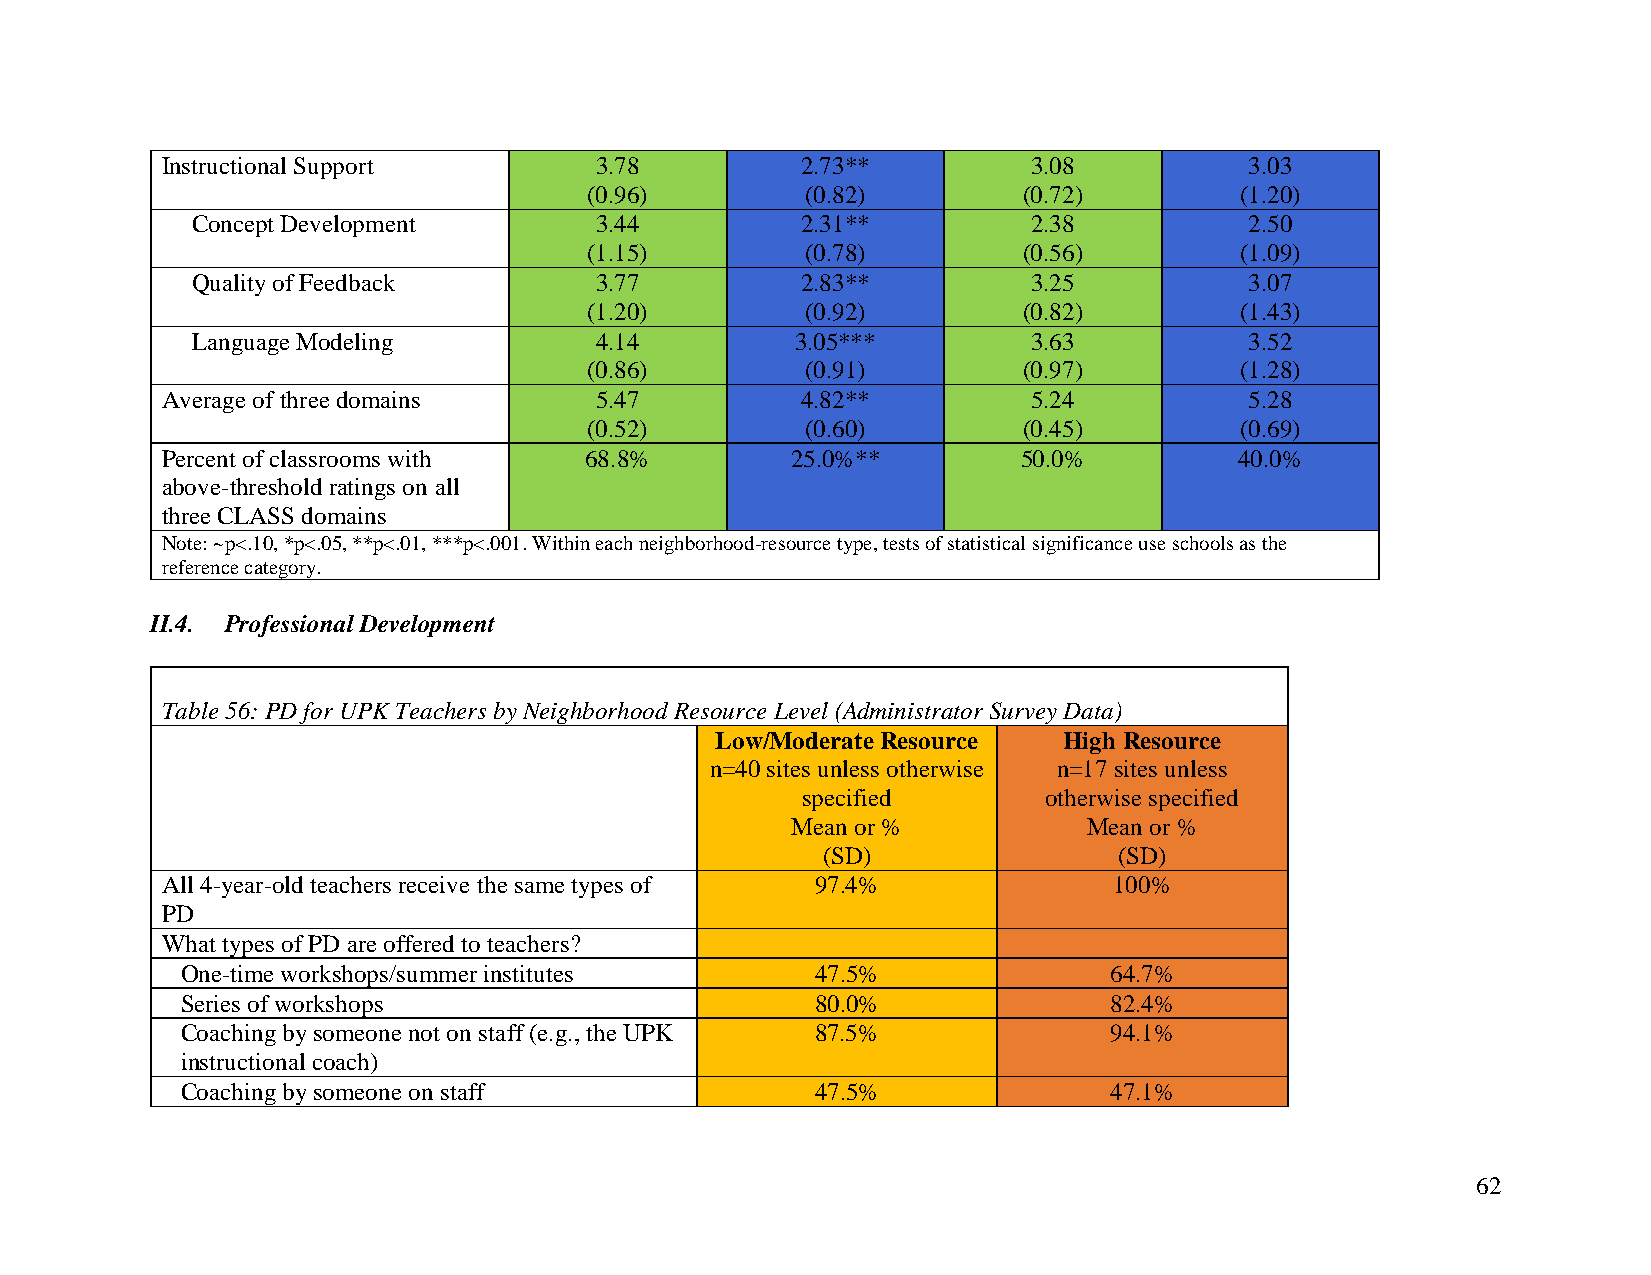
Instructional Support       3.78          2.73**         3.08           3.03
 (0.96)        (0.82)         (0.72)        (1.20)
 Concept Development       3.44          2.31**         2.38           2.50
 (1.15)        (0.78)         (0.56)        (1.09)
 Quality of Feedback       3.77          2.83**         3.25           3.07
 (1.20)        (0.92)         (0.82)        (1.43)
 Language Modeling         4.14          3.05***        3.63           3.52
 (0.86)        (0.91)         (0.97)        (1.28)
 Average of three domains    5.47          4.82**         5.24           5.28
 (0.52)        (0.60)         (0.45)        (0.69)
 Percent of classrooms with  68.8%        25.0%**         50.0%         40.0%
 above-threshold ratings on all
 three CLASS domains
 Note: ~p<.10, *p<.05, **p<.01, ***p<.001. Within each neighborhood-resource type, tests of statistical significance use schools as the
 reference category.
 II.4. Professional Development
 Table 56: PD for UPK Teachers by Neighborhood Resource Level (Administrator Survey Data)
 Low/Moderate Resource  High Resource
 n=40 sites unless otherwise n=17 sites unless
 specified       otherwise specified
 Mean or %           Mean or %
 (SD)                (SD)
 All 4-year-old teachers receive the same types of 97.4%        100%
 PD
 What types of PD are offered to teachers?
 One-time workshops/summer institutes      47.5%              64.7%
 Series of workshops                       80.0%              82.4%
 Coaching by someone not on staff (e.g., the UPK 87.5%        94.1%
 instructional coach)
 Coaching by someone on staff              47.5%              47.1%
 62